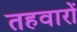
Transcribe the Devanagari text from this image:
तहवारों